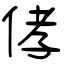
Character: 侾